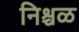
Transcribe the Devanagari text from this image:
निश्चळ